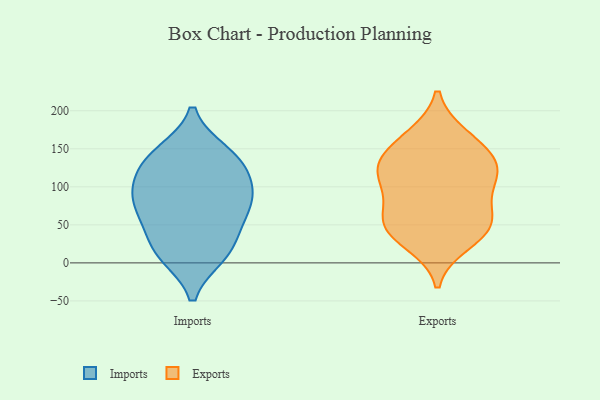
{"axis": {"x": "Latency (ms)", "y": "Value"}, "legend": ["Exports", "Imports"], "data": [{"x": "", "y": 98, "type": "Imports"}, {"x": "", "y": 83, "type": "Imports"}, {"x": "", "y": 132, "type": "Imports"}, {"x": "", "y": 61, "type": "Imports"}, {"x": "", "y": 64, "type": "Imports"}, {"x": "", "y": 92, "type": "Imports"}, {"x": "", "y": 13, "type": "Imports"}, {"x": "", "y": 10, "type": "Imports"}, {"x": "", "y": 142, "type": "Imports"}, {"x": "", "y": 44, "type": "Imports"}, {"x": "", "y": 95, "type": "Imports"}, {"x": "", "y": 145, "type": "Imports"}, {"x": "", "y": 15, "type": "Imports"}, {"x": "", "y": 128, "type": "Imports"}, {"x": "", "y": 129, "type": "Exports"}, {"x": "", "y": 119, "type": "Exports"}, {"x": "", "y": 51, "type": "Exports"}, {"x": "", "y": 106, "type": "Exports"}, {"x": "", "y": 50, "type": "Exports"}, {"x": "", "y": 58, "type": "Exports"}, {"x": "", "y": 136, "type": "Exports"}, {"x": "", "y": 85, "type": "Exports"}, {"x": "", "y": 27, "type": "Exports"}, {"x": "", "y": 160, "type": "Exports"}, {"x": "", "y": 120, "type": "Exports"}, {"x": "", "y": 166, "type": "Exports"}, {"x": "", "y": 43, "type": "Exports"}]}